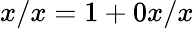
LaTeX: x/x=1+0x/x